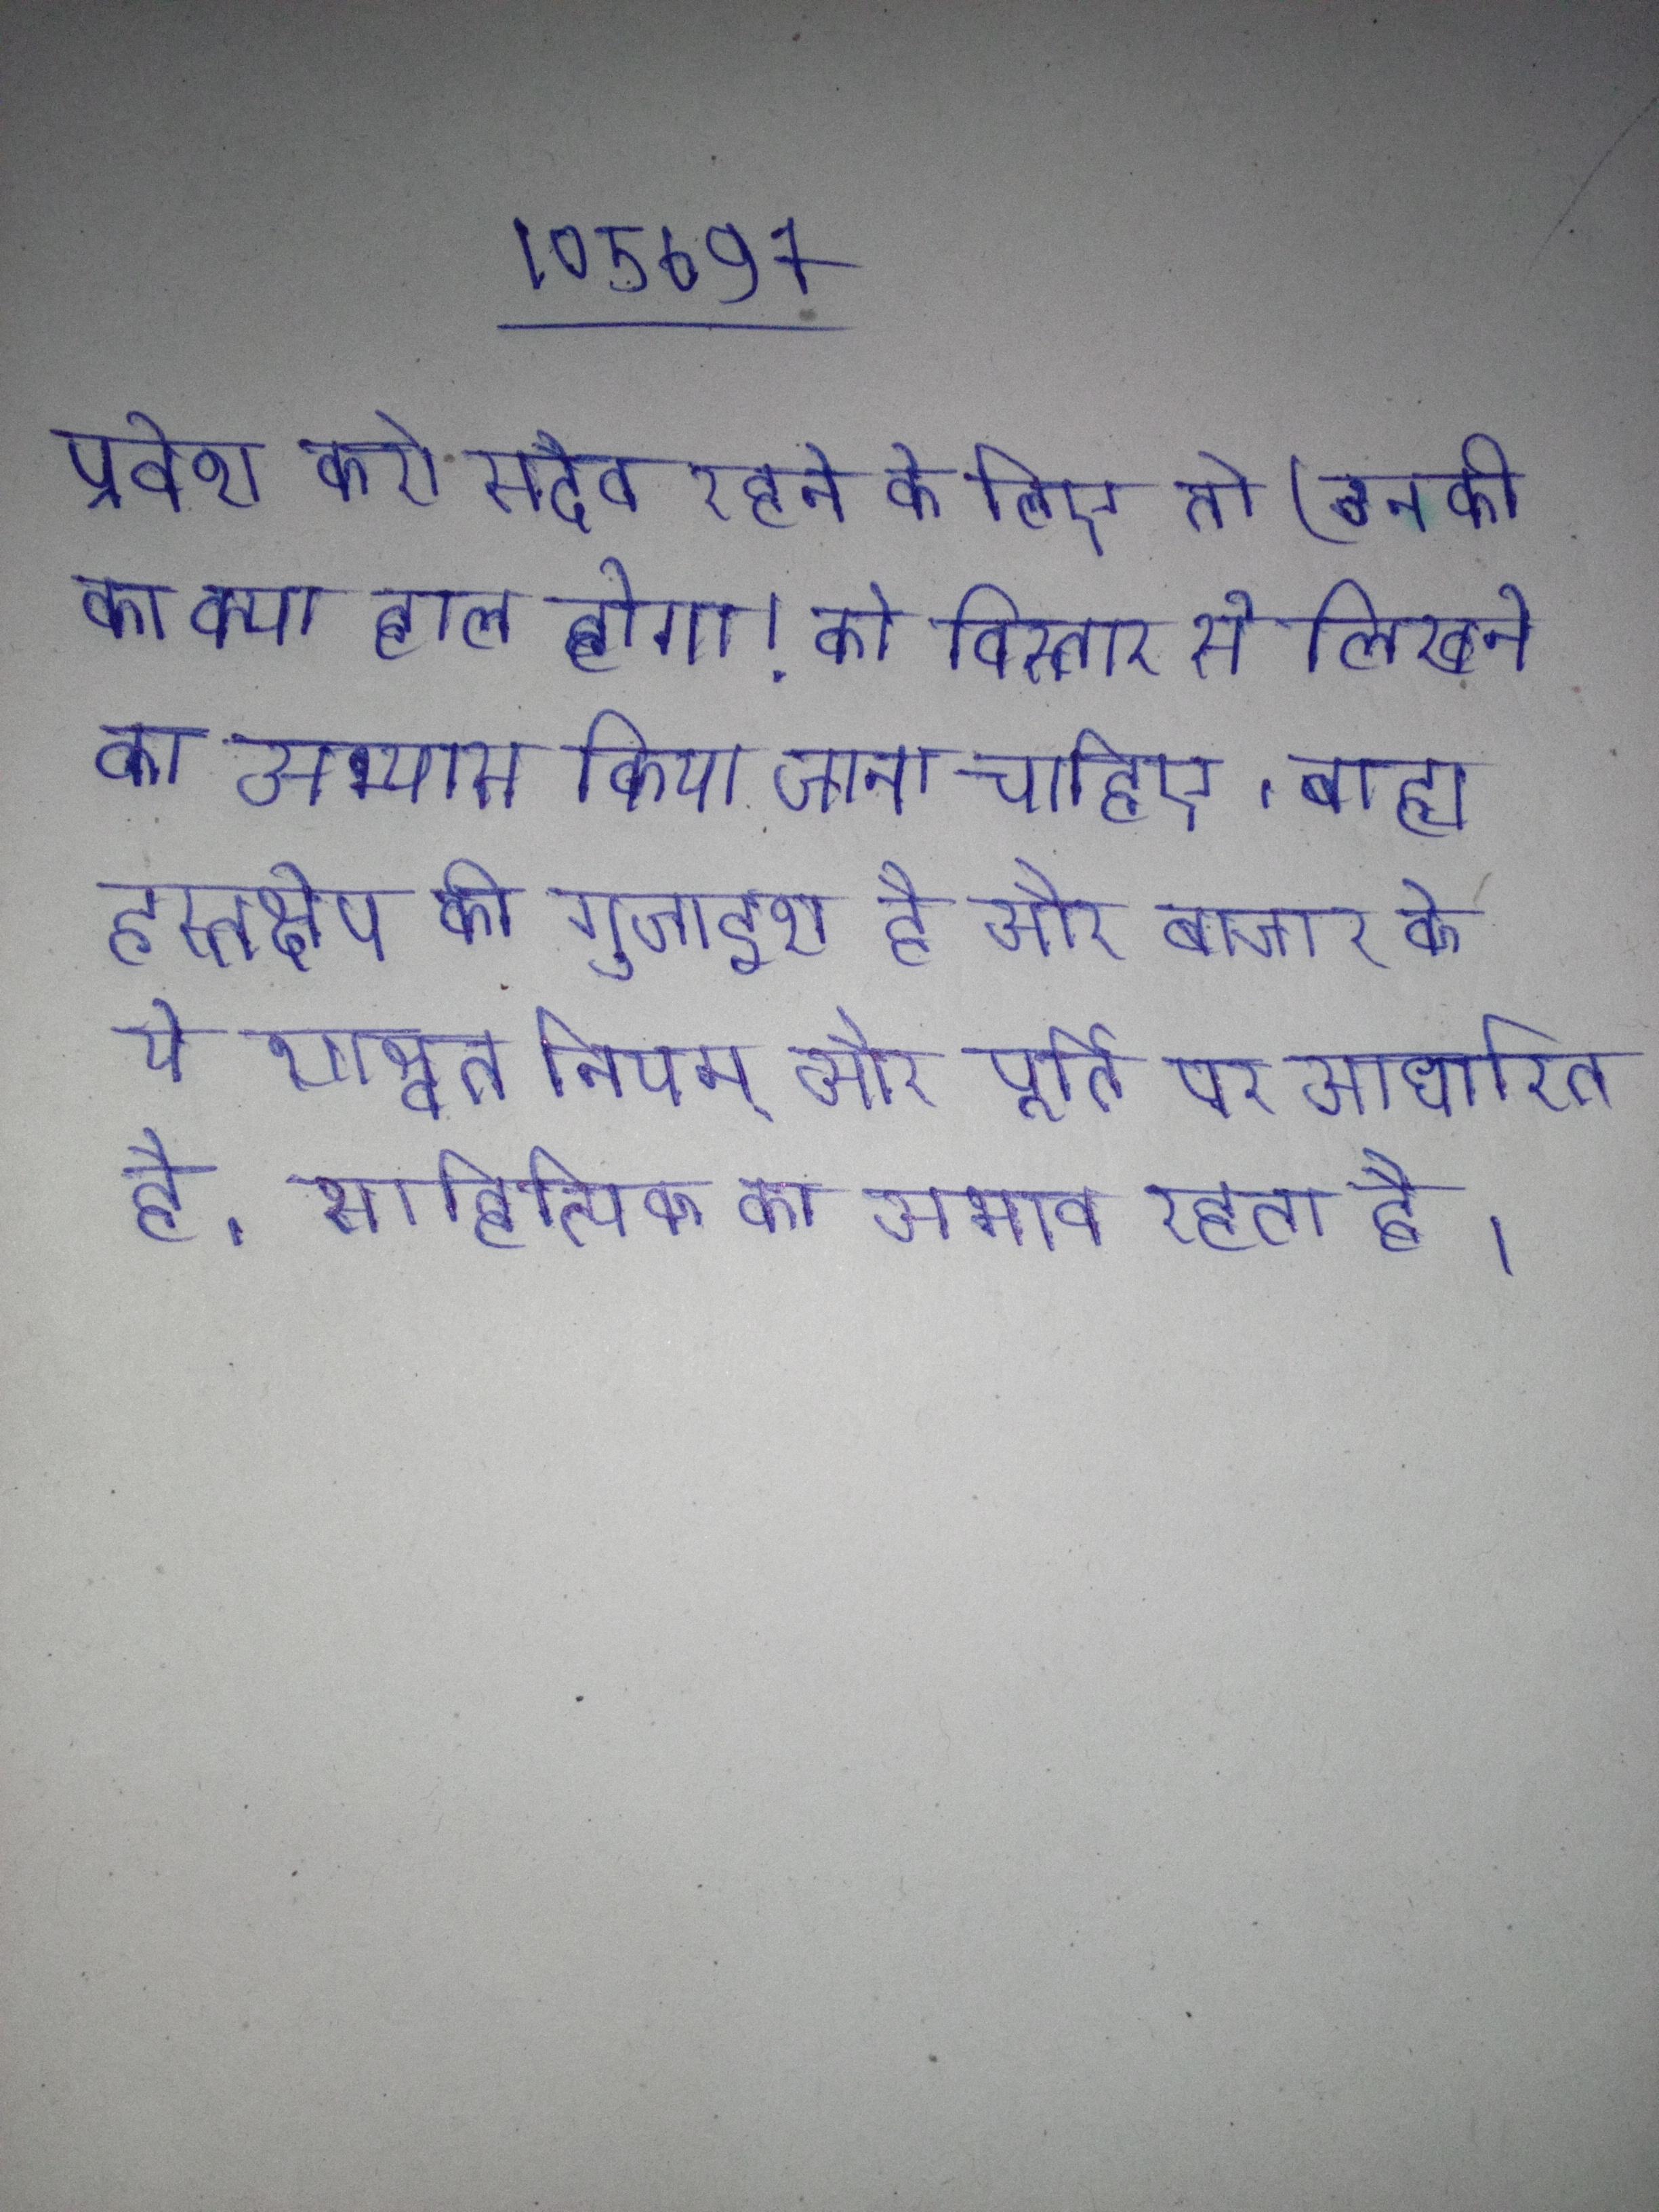
प्रवेश करो सदैव रहने के लिए तो (उनकी का क्या हाल होगा! को विस्तार से लिखने का अभ्यास किया जाना चाहिए । बाह्य हस्तक्षेप की गुजाइश है और बाजार के ये शाश्वत् नियम और पूर्ति पर आधारित है । साहित्यिक का अभाव रहता है ।